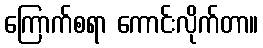
ကြောက်စရာ ကောင်းလိုက်တာ။